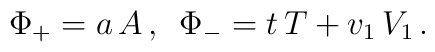
\Phi_{+}=a\,A\,,\,\,\,\Phi_{-}=t\,T+v_{1}\,V_{1}\,.